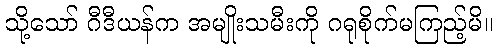
သို့သော် ဂီဒီယန်က အမျိုးသမီးကို ဂရုစိုက်မကြည့်မိ။